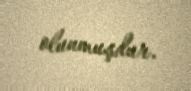
olunmuşdur.